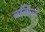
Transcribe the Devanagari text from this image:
बर्किले